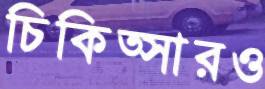
চিকিত্সারও